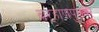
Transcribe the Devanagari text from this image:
बऱ्हाणपुरावर